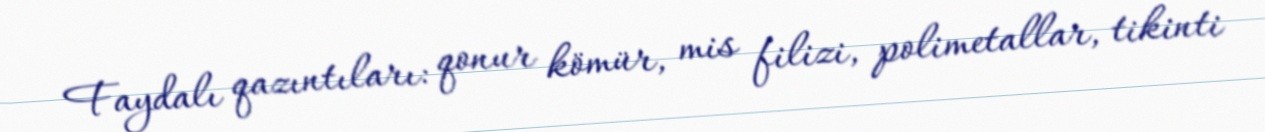
Faydalı qazıntıları: qonur kömür, mis filizi, polimetallar, tikinti